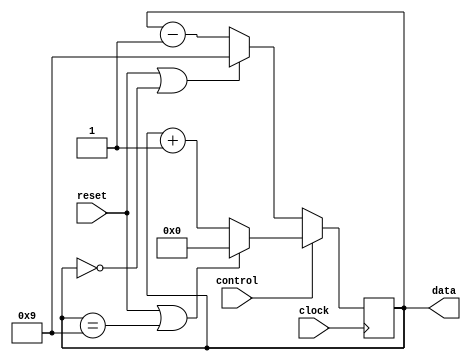
module up_down_counter (clock, reset, data, control);

input clock, reset, control;
output [3:0] data;
reg [3:0] data;

always @ (posedge clock) begin
    if (control == 1) begin
        if (reset || data == 9) begin
            data = 0;
        end else begin
            data = data + 1;
        end
    end else begin
        if (reset || data == 0) begin
            data = 9;
        end else begin
            data = data - 1;
        end
    end
end

endmodule // up_down_counter